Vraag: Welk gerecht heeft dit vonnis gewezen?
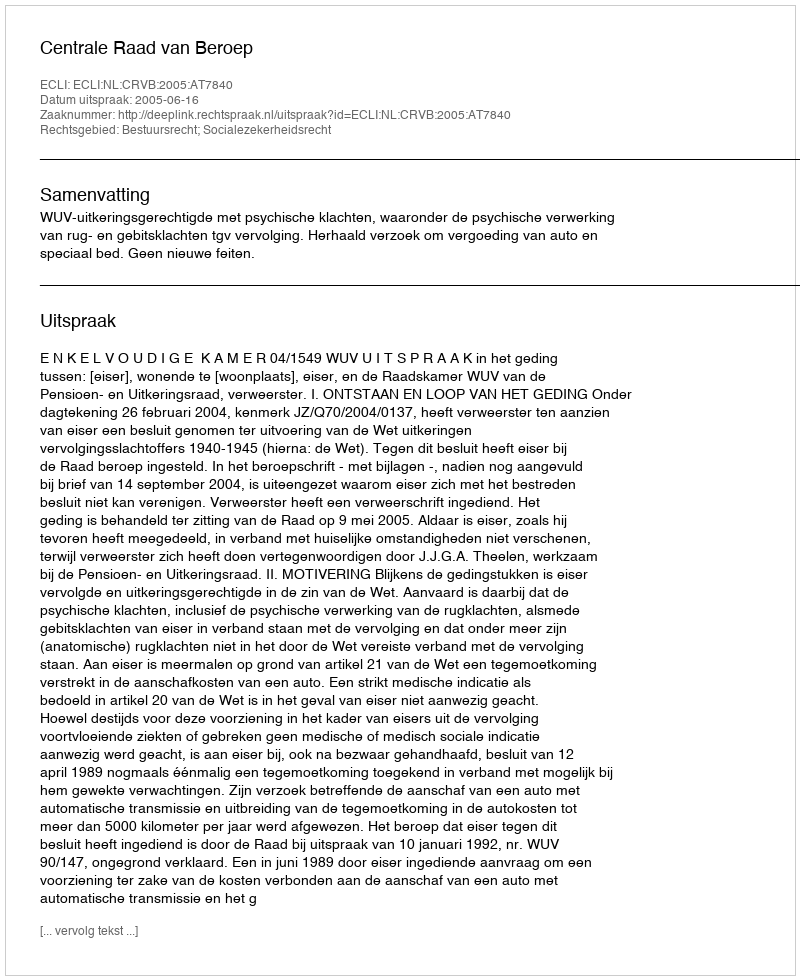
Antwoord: Centrale Raad van Beroep